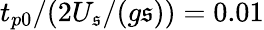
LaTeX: t_{p0}/(2U_{\mathfrak{s}}/(g\mathfrak{s}))=0.01